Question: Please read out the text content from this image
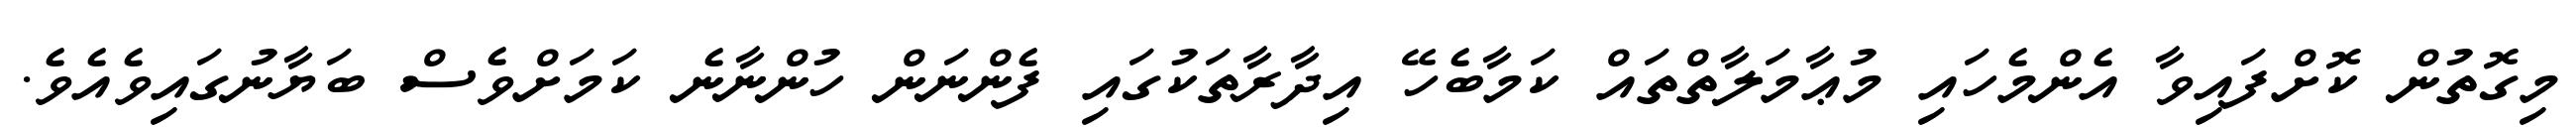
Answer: މިގޮތުން ކޮށްފައިވާ އެންމެހައި މުޢާމަލާތްތައް ކަމާބެހޭ އިދާރާތަކުގައި ފެންނަން ހުންނާނެ ކަމަށްވެސް ބަޔާނުގައިވެއެވެ.